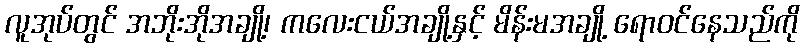
လူအုပ်တွင် အဘိုးအိုအချို့၊ ကလေးငယ်အချို့နှင့် မိန်းမအချို့ ရောဝင်နေသည်ကို